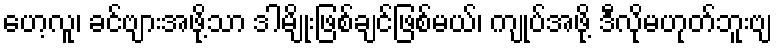
ဟေ့လူ၊ ခင်ဗျားအဖို့သာ ဒါမျိုးဖြစ်ချင်ဖြစ်မယ်၊ ကျုပ်အဖို့ ဒီလိုမဟုတ်ဘူးဗျ